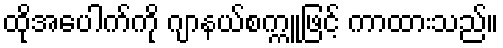
ထိုအပေါက်ကို ဂျာနယ်စက္ကူဖြင့် ကာထားသည်။